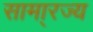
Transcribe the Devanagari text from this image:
सामा्रज्य